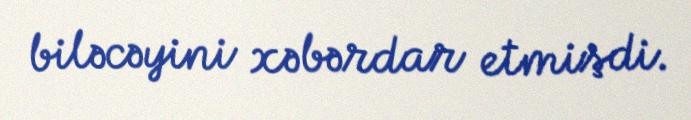
biləcəyini xəbərdar etmişdi.